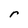
Character: r